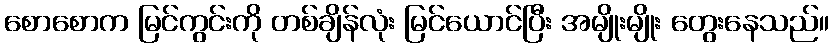
စောစောက မြင်ကွင်းကို တစ်ချိန်လုံး မြင်ယောင်ပြီး အမျိုးမျိုး တွေးနေသည်။